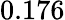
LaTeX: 0.176